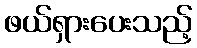
ဖယ်ရှားပေးသည့်